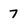
Character: 7